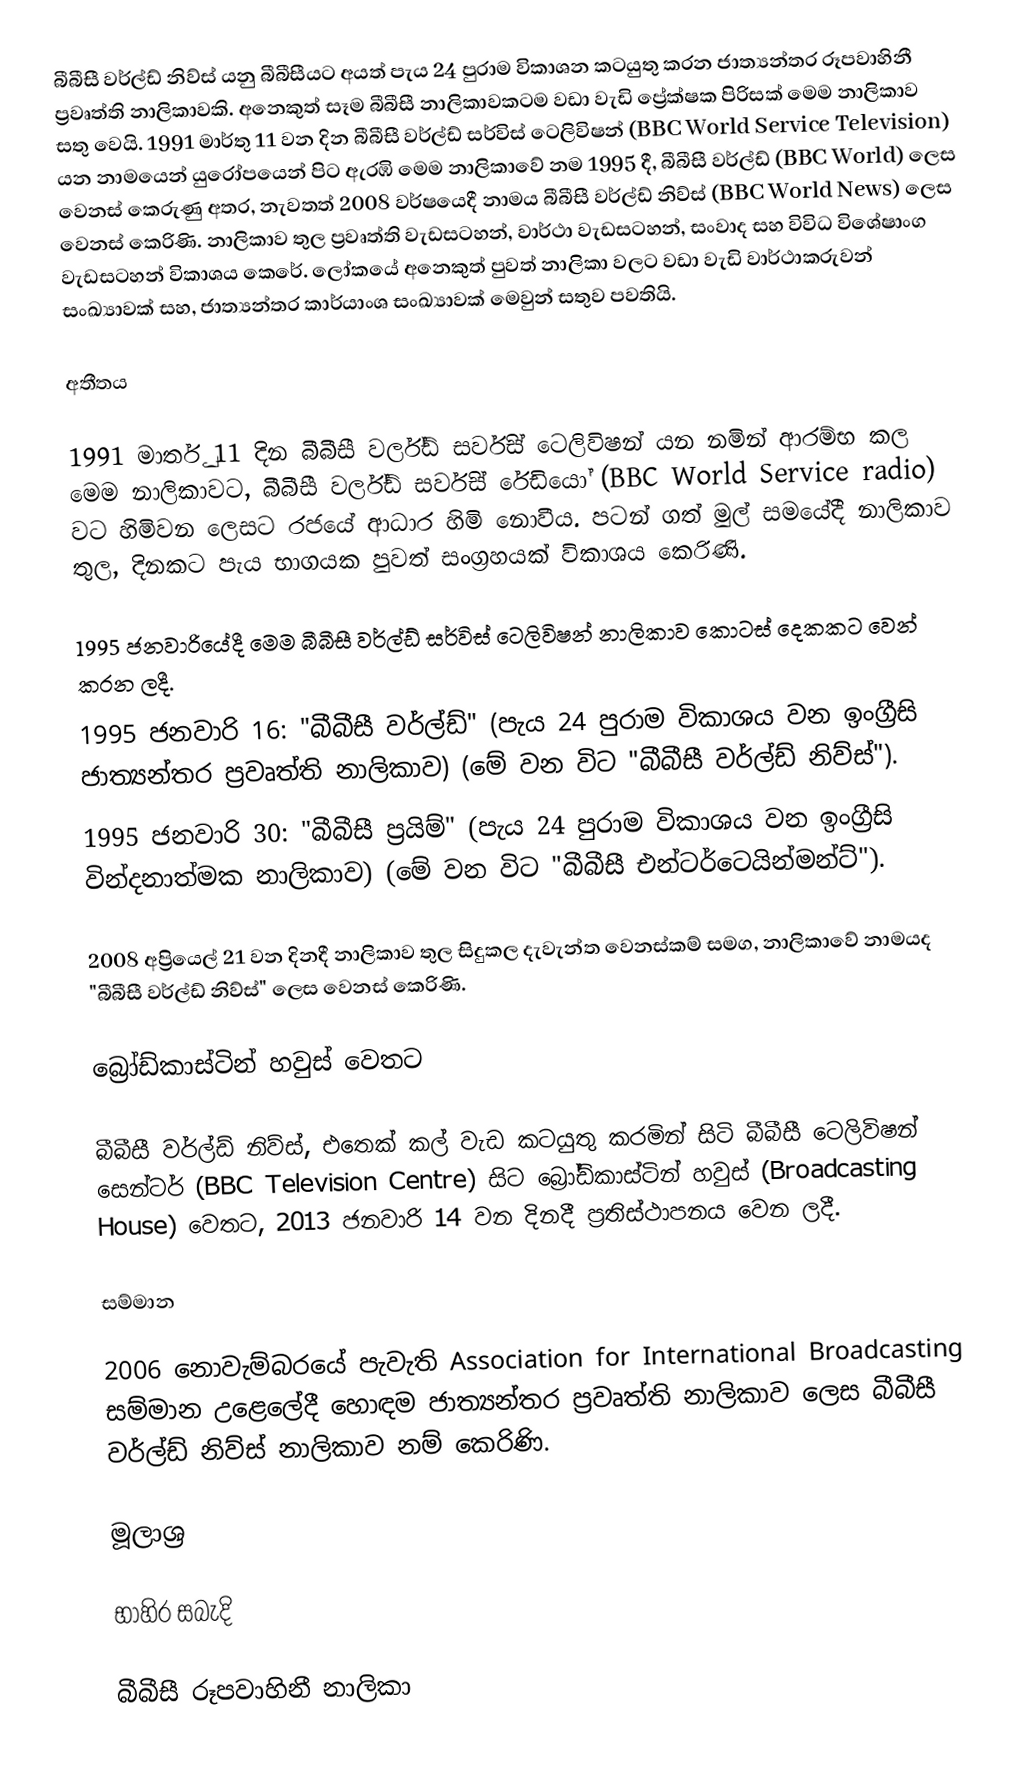
බීබීසී වර්ල්ඩ් නිව්ස් යනු බීබීසීයට අයත් පැය 24 පුරාම විකාශන කටයුතු කරන ජාත්‍යන්තර රූපවාහිනී ප්‍රවෘත්ති නාලිකාවකි. අනෙකුත් සෑම බීබීසී නාලිකාවකටම වඩා වැඩි ප්‍රේක්ෂක පිරිසක් මෙම නාලිකාව සතු වෙයි. 1991 මාර්තු 11 වන දින බීබීසී වර්ල්ඩ් සර්විස් ටෙලිවිෂන් (BBC World Service Television) යන නාමයෙන් යුරෝපයෙන් පිට ඇරඹි මෙම නාලිකාවේ නම 1995 දී, බීබීසී වර්ල්ඩ් (BBC World) ලෙස වෙනස් කෙරුණු අතර, නැවතත් 2008 වර්ෂයෙදී නාමය බීබීසී වර්ල්ඩ් නිව්ස් (BBC World News) ලෙස වෙනස් කෙරිණි. නාලිකාව තුල ප්‍රවෘත්ති වැඩසටහන්, වාර්ථා වැඩසටහන්, සංවාද සහ විවිධ විශේෂාංග වැඩසටහන් විකාශය කෙරේ. ලෝකයේ අනෙකුත් පුවත් නාලිකා වලට වඩා වැඩි වාර්ථාකරුවන් සංඛ්‍යාවක් සහ, ජාත්‍යන්තර කාර්යාංශ සංඛ්‍යාවක් මෙවුන් සතුව පවතියි.

අතීතය

1991 මාර්තු 11 දින බීබීසී වර්ල්ඩ් සර්විස් ටෙලිවිෂන් යන නමින් ආරම්භ කල මෙම නාලිකාවට, බීබීසී වර්ල්ඩ් සර්විස් රේඩියෝ (BBC World Service radio) වට හිමිවන ලෙසට රජයේ ආධාර හිමි නොවීය. පටන් ගත් මුල් සමයේදී නාලිකාව තුල, දිනකට පැය භාගයක පුවත් සංග්‍රහයක් විකාශය කෙරිණි.

1995 ජනවාරියේදී මෙම බීබීසී වර්ල්ඩ් සර්විස් ටෙලිවිෂන් නාලිකාව කොටස් දෙකකට වෙන් කරන ලදී.
1995 ජනවාරි 16: "බීබීසී වර්ල්ඩ්" (පැය 24 පුරාම විකාශය වන ඉංග්‍රීසි ජාත්‍යන්තර ප්‍රවෘත්ති නාලිකාව) (මේ වන විට "බීබීසී වර්ල්ඩ් නිව්ස්").
1995 ජනවාරි 30: "බීබීසී ප්‍රයිම්" (පැය 24 පුරාම විකාශය වන ඉංග්‍රීසි වින්දනාත්මක නාලිකාව) (මේ වන විට "බීබීසී එන්ටර්ටෙයින්මන්ට්").

2008 අප්‍රියෙල් 21 වන දිනදී නාලිකාව තුල සිදුකල දැවැන්ත වෙනස්කම් සමග, නාලිකාවේ නාමයද "බීබීසී වර්ල්ඩ් නිව්ස්" ලෙස වෙනස් කෙරිණි.

බ්‍රෝඩ්කාස්ටින් හවුස් වෙතට

බීබීසී වර්ල්ඩ් නිව්ස්, එතෙක් කල් වැඩ කටයුතු කරමින් සිටි බීබීසී ටෙලිවිෂන් සෙන්ටර් (BBC Television Centre) සිට බ්‍රෝඩ්කාස්ටින් හවුස් (Broadcasting House) වෙතට, 2013 ජනවාරි 14 වන දිනදී ප්‍රතිස්ථාපනය වෙන ලදී.

සම්මාන

2006 නොවැම්බරයේ පැවැති Association for International Broadcasting සම්මාන උළෙලේදී හොඳම ජාත්‍යන්තර ප්‍රවෘත්ති නාලිකාව ලෙස බීබීසී වර්ල්ඩ් නිව්ස් නාලිකාව නම් කෙරිණි.

මූලාශ්‍ර

භාහිර සබැදි

බීබීසී රූපවාහිනී නාලිකා